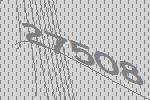
27508